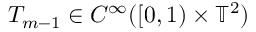
T _ { m - 1 } \in C ^ { \infty } ( [ 0 , 1 ) \times \ensuremath { \mathbb { T } } ^ { 2 } )